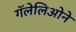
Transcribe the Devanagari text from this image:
गॅलेलिओने